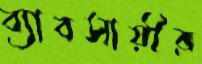
ব্যাবসায়ীর